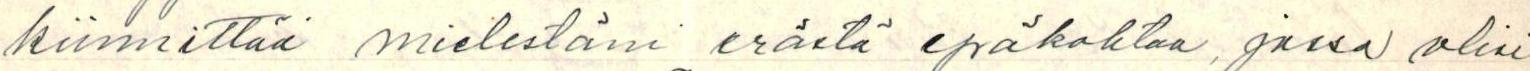
kiinnittää mielestäni erästä epäkohtaa, jossa olisi